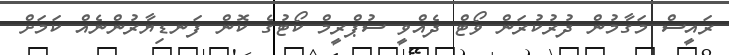
ރައީސް މަގާމުން ދުރުކުރަން ވޯޓް ދެއްވީ ސުޕްރީމް ކޯޓުގެ ކޮން ފަނޑިޔާރުންނެއް ކަމަށް